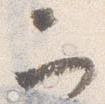
二